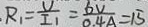
R _ { 1 } = \frac { U } { I _ { 1 } } = \frac { 6 V } { 0 . 4 A } = 1 5